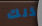
ذلك